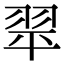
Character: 𦐜